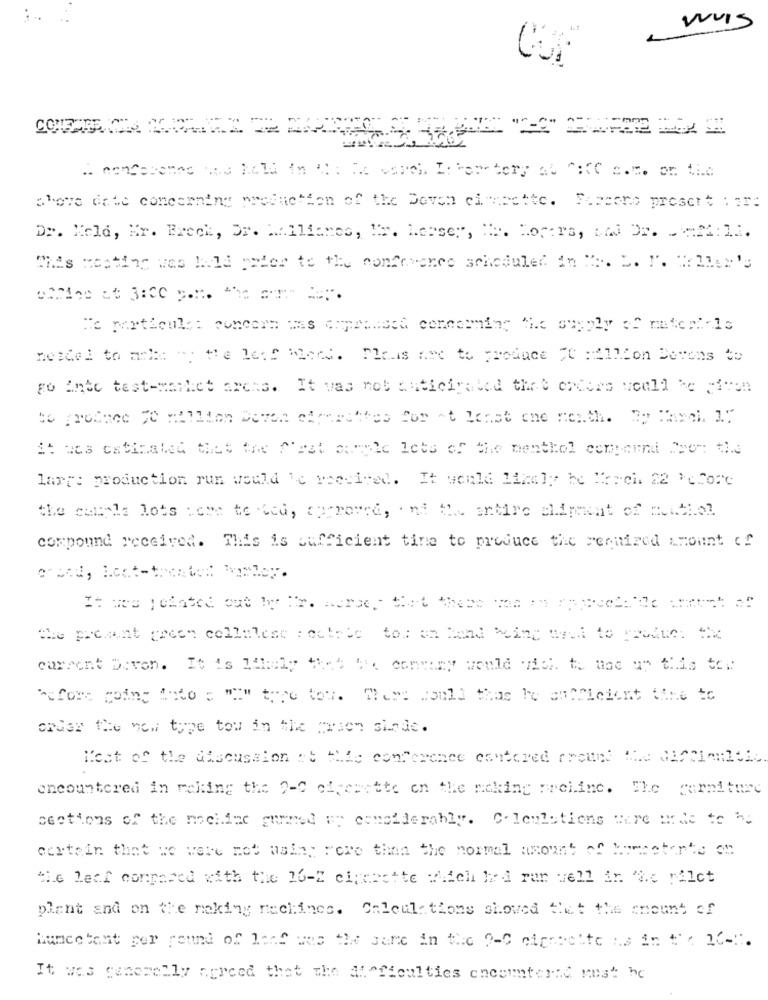
WUIs
above date concerning production of the Deven ciescette. Fiscche present : a:
Dr. Kola, Mr. Breck, Or. .... Ilianes, Is. Lesser, "e. Hofors, Lad Dr. = = 2 : 11.
MANs Rating was held peter to the conference scheduled in A. S. F. Wells's
To rartsouls: concern mas empraised concerning the supply of materials
needed to achie at the lese bloed. Plais ant to produce "0 :Allion Derons to
go Into test-mailiet arches. It was not anticipated thet encore would be miron
it was estimated thes the N'est sample lets of the menthol ceny oand Soon the
larr: production run would 'e yeccived. It would likely be Merci 22 'eforc
the canals lots come to bea, corroved, int the entire aliment of muchol
compound received. This is sufficient time to produce the required amount of
It wo pointed out by the merger that there we appreciade :march of
the present preen cellulese : estric to: en Rond wine and to product the
current Davon. It is likely that " conmany would vish. to toe up this to.
before coinc Anto = "" thre tow. There would thus be antficient time to
order the new type tow in the Green sinde.
Most of the discussion at Hile conference centered around the difficulties
encountered in making the 7-0 circaitte on the making Freline. The garniture
ceations of the machine gunmed up esmolderably. Calculations ware urde to ho
certain that we were not asia; rere than the normal amount of humectante o!
the leaf compared with the 16-2 clicrette videl hed run well in 'Ac rilct
plant and on the making nachines. Calculathome shoved that the amount of
Mumcetant per pound of lenS was the same in the ?- C cigarette is in t' : 16-1.
It was generally agreed that the difficulties encounternd mest hc